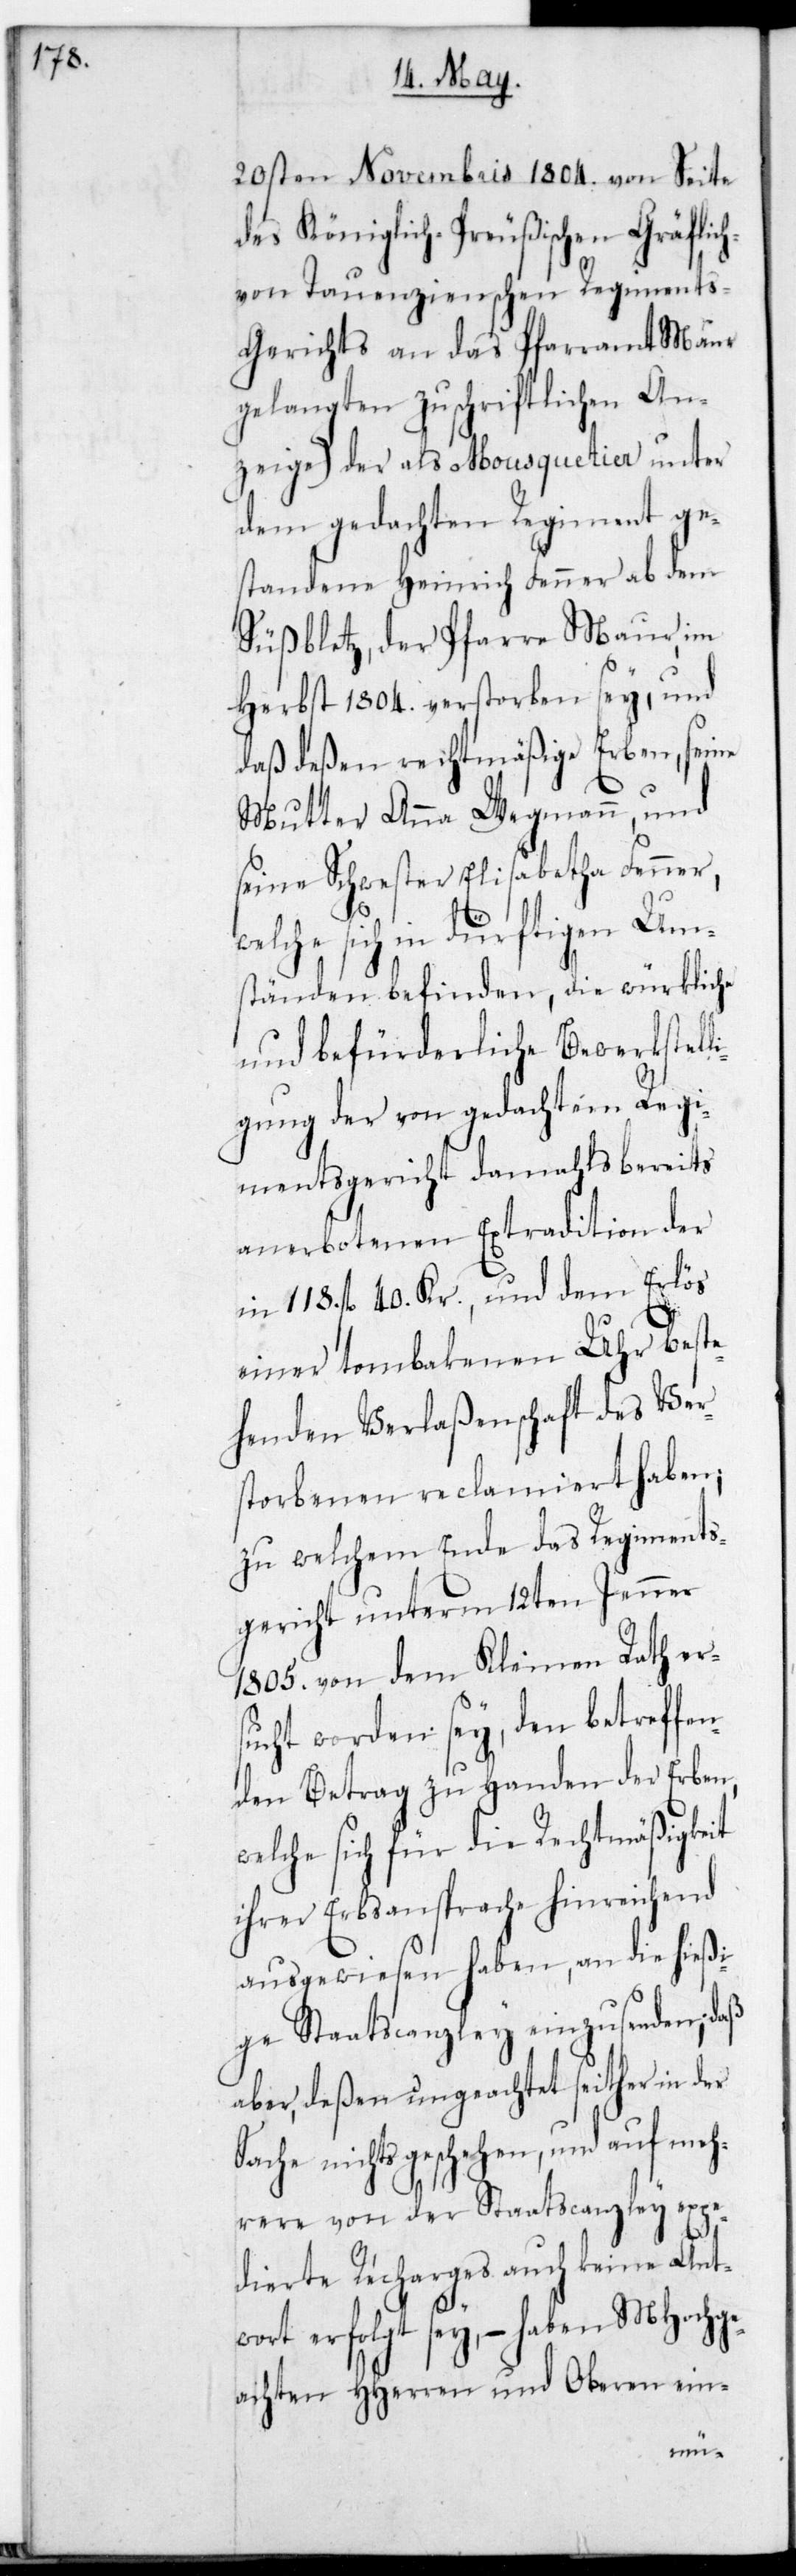
20sten Novembris 1804. von Seite
des Königlich-Preußischen Gräflich
von Tauenzienischen Regiments-G¬
erichts an das Pfarramt Maur
gelangten zuschriftlichen An¬
zeige) der als Mousquetier unter
dem gedachten Regiment ge¬
standene Heinrich Fenner ab dem
Süßblätz, der Pfarre Maur, im
Herbst 1804. verstorben sey, und
daß deßen rechtmäßige Erben, seine
Mutter Anna Wegmann und
seine Schwester Elisabetha Fenner,
sich in dürftigen Um¬
ständen befinden, die würkliche
und befürderliche Bewerkstell¬
igung der von gedachtem Regi¬
mentsgericht damahls bereits
anerbotenen Extradition der
in 118. fl. 40. Kr., und dem Erlös
einer tombakenen Uhr beste¬
henden Verlaßenschaft des Ver¬
storbenen reclamiert haben;
zu welchem Ende das Regiments¬
gericht unterm 12ten Jenner
1805. von dem Kleinen Rath er¬
sucht worden sey, den betreffe¬
nden Betrag zu Handen der Erben,
welche sich für die Rechtmäßigkeit
ihrer Erbsansprache hinreichend
ausgewiesen haben, an die hießi¬
ge Staatscanzley einzusenden, daß
aber, deßen ungeachtet seither in der
Sache nichts geschehen, und auf meh¬
rere von der Staatscanzley expe¬
dierte Recharges auch keine Ant¬
wort erfolgt sey, – haben MHochge¬
achten HHerren und Oberen ein-